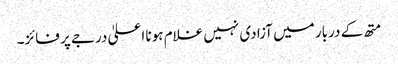
متھ کے دربار میں آزادی نہیں غلام ہونا اعلیٰ درجے پر فائز۔